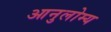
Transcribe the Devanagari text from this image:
आनुलोम्य